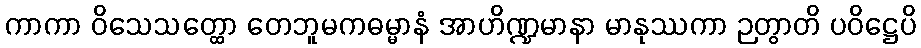
ကာကာ ဝိသေသတ္ထော တေဘူမကဓမ္မာနံ အာဟိဏ္ဍမာနာ မာနုဿကာ ဉတွာတိ ပဝိဋ္ဌေပိ